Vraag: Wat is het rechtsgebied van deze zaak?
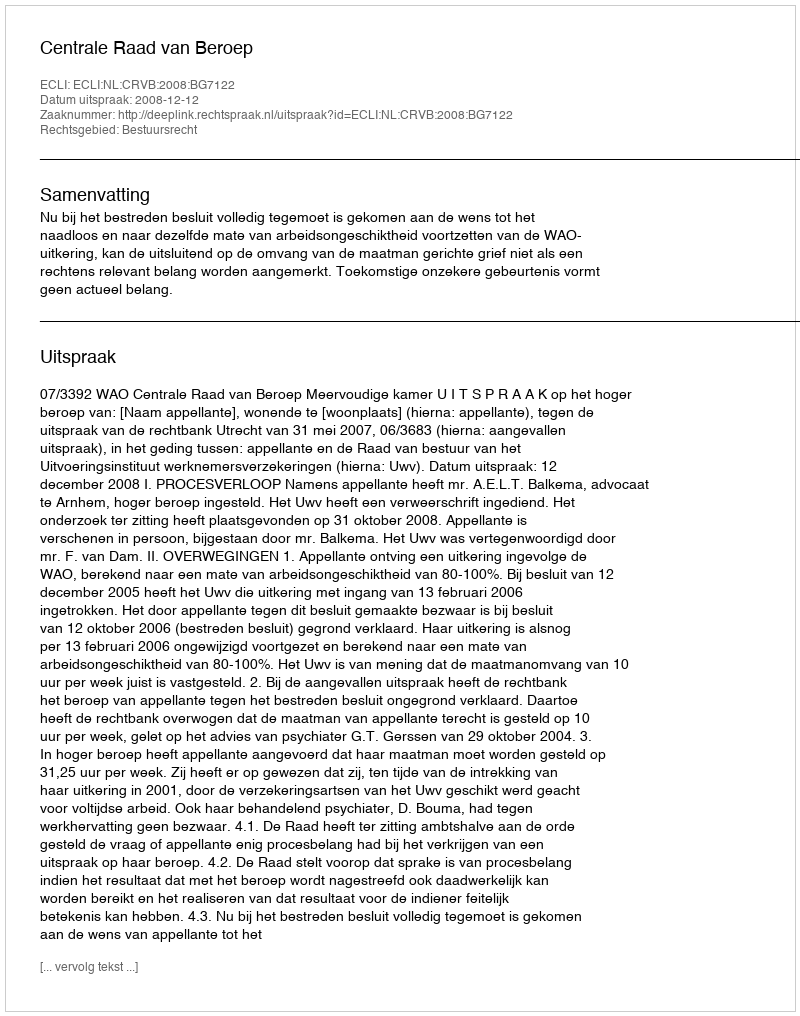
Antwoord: Bestuursrecht